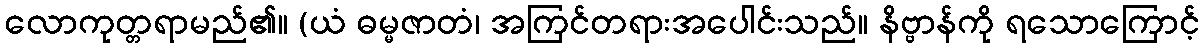
လောကုတ္တရာမည်၏။ (ယံ ဓမ္မဇာတံ၊ အကြင်တရားအပေါင်းသည်။ နိဗ္ဗာန်ကို ရသောကြောင့်